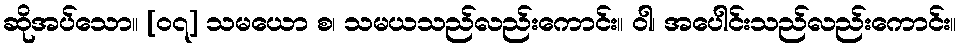
ဆိုအပ်သော။ [၀၇] သမယော စ၊ သမယသည်လည်းကောင်း။ ဝါ၊ အပေါင်းသည်လည်းကောင်း။